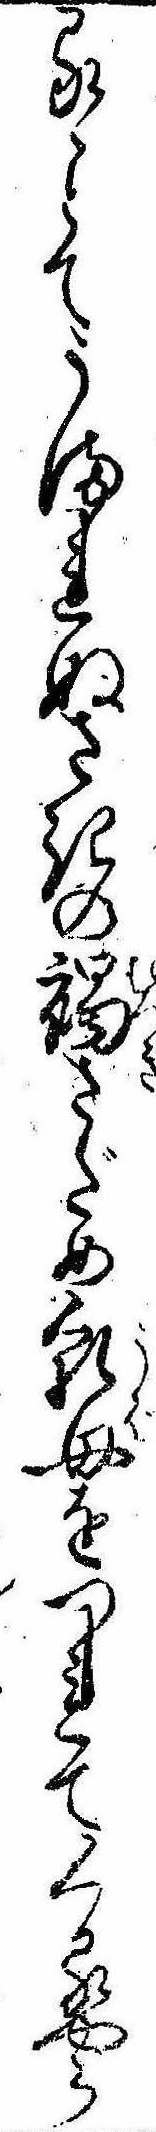
るゝとてうまれぬさきの褐さだめ乳母をつれてくるやら